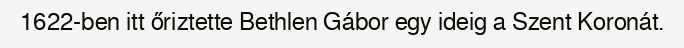
1622-ben itt őriztette Bethlen Gábor egy ideig a Szent Koronát.